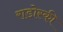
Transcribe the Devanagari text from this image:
राडोस्की